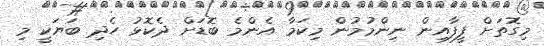
މިގޮތަށް ފީފާއިން ނިންމުމުން މިކަމާ އެންމެ ބޮޑަށް ދެކޮޅު ހެދި ބަޔަކީ މި